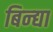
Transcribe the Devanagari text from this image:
बिन्द्या